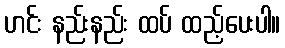
ဟင်း နည်းနည်း ထပ် ထည့်ပေးပါ။